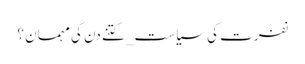
نفرت کی سیاست_ کتنے دن کی مہمان ؟